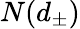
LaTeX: N(d_{\pm})